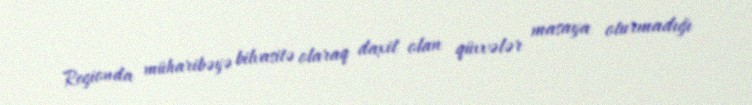
Regionda müharibəyə bilvasitə olaraq daxil olan qüvvələr masaya oturmadığı